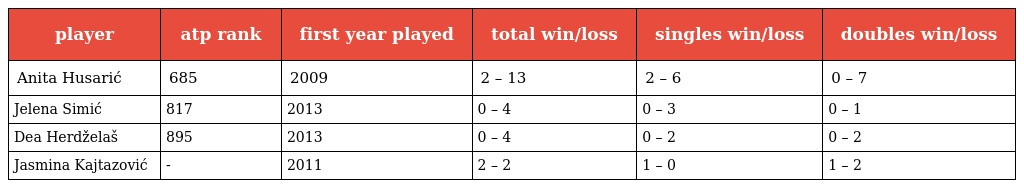
| player | atp rank | first year played | total win/loss | singles win/loss | doubles win/loss |
 | --- | --- | --- | --- | --- | --- |
 | Anita Husarić | 685 | 2009 | 2 – 13 | 2 – 6 | 0 – 7 |
 | Jelena Simić | 817 | 2013 | 0 – 4 | 0 – 3 | 0 – 1 |
 | Dea Herdželaš | 895 | 2013 | 0 – 4 | 0 – 2 | 0 – 2 |
 | Jasmina Kajtazović | - | 2011 | 2 – 2 | 1 – 0 | 1 – 2 |